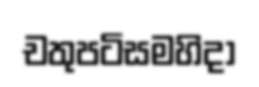
චතුපටිසමහිදා